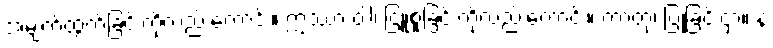
အမျက်ထွက်ခြင်းကိုလည်းကောင်း။ ဣဿာ ဝါ၊ ငြူစူခြင်းကိုလည်းကောင်း။ ကာတုံ၊ ပြုခြင်းငှာ။ န